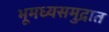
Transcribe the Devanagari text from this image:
भूमध्यसमुद्रात